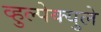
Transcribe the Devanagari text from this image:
व्हुल्पेक्युले